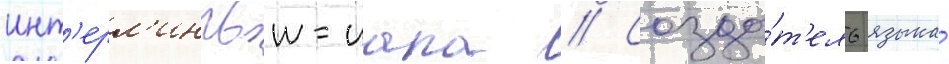
инт'ерл'ингвои-иала // Созда́т'ель языка́